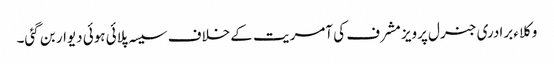
وکلاء برادری جنرل پرویز مشرف کی آمریت کے خلاف سیسہ پلائی ہوئی دیوار بن گئی۔